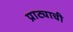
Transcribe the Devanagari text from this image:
प्राट्याची